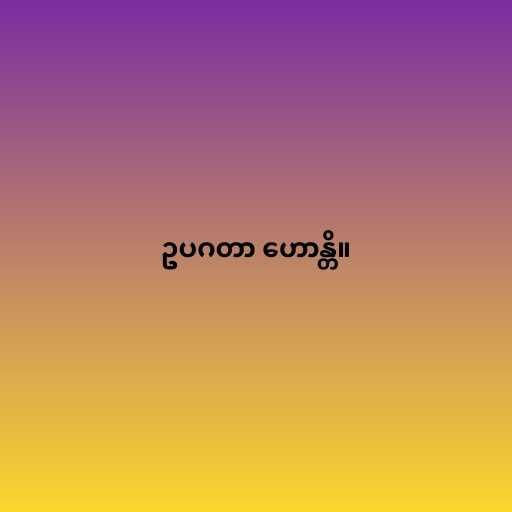
ဥပဂတာ ဟောန္တိ။